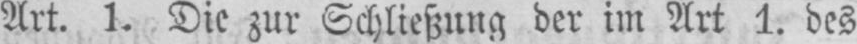
Art. 1. Die zur Schließung der im Art 1. des